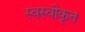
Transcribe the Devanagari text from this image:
स्वस्वीकृत